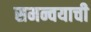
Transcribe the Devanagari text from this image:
समन्वयाची